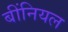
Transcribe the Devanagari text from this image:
बींनियल